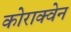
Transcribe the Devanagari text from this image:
कोराक्वेन